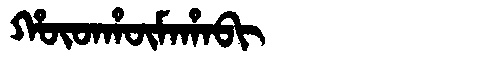
Manchu: ᡥᡡᡨᡥᡡᠮᠠᡥᠠᠪᡳ
Romanization: HŪTHŪMAHABI